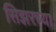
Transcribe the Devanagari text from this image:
सिझरच्या